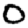
Digit: 0